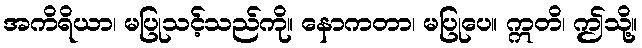
အကိရိယာ၊ မပြုသင့်သည်ကို။ နောကတာ၊ မပြုပေ။ ဣတိ၊ ဤသို့။